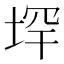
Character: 𪣟